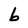
Character: b